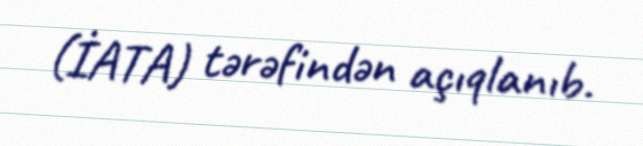
(İATA) tərəfindən açıqlanıb.